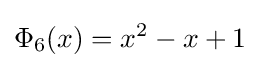
\Phi _{6}(x)=x^{2}-x+1